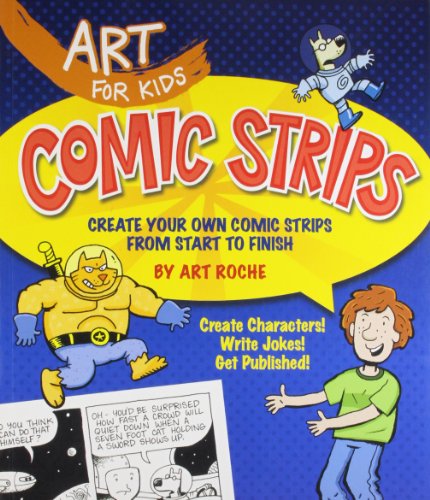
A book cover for Art for Kids: Comic Strips: Create Your Own Comic Strips from Start to Finish; Art Roche; Children's Books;